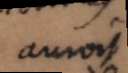
auroit